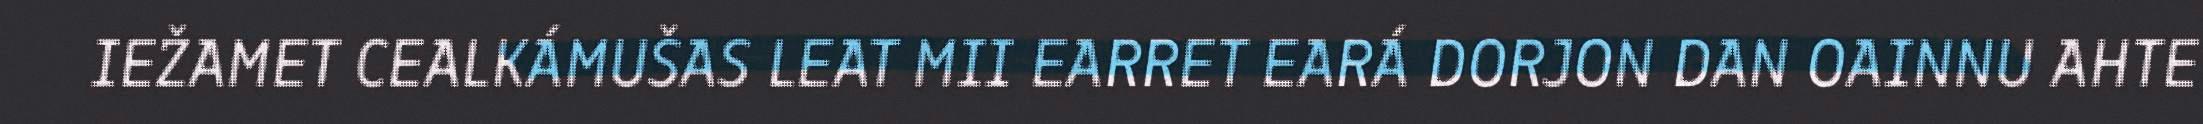
IEŽAMET CEALKÁMUŠAS LEAT MII EARRET EARÁ DORJON DAN OAINNU AHTE